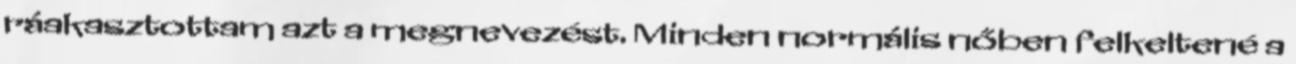
ráakasztottam azt a megnevezést. Minden normális nőben felkeltené a